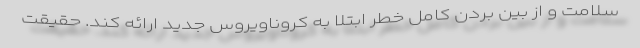
سلامت و از بین بردن کامل خطر ابتلا به کروناویروس جدید ارائه کند. حقیقت